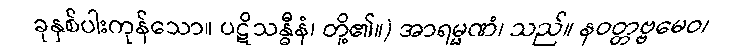
ခုနှစ်ပါးကုန်သော။ ပဋိသန္ဓီနံ၊ တို့၏။) အာရမ္မဏံ၊ သည်။ နဝတ္တဗ္ဗမေဝ၊